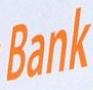
bank